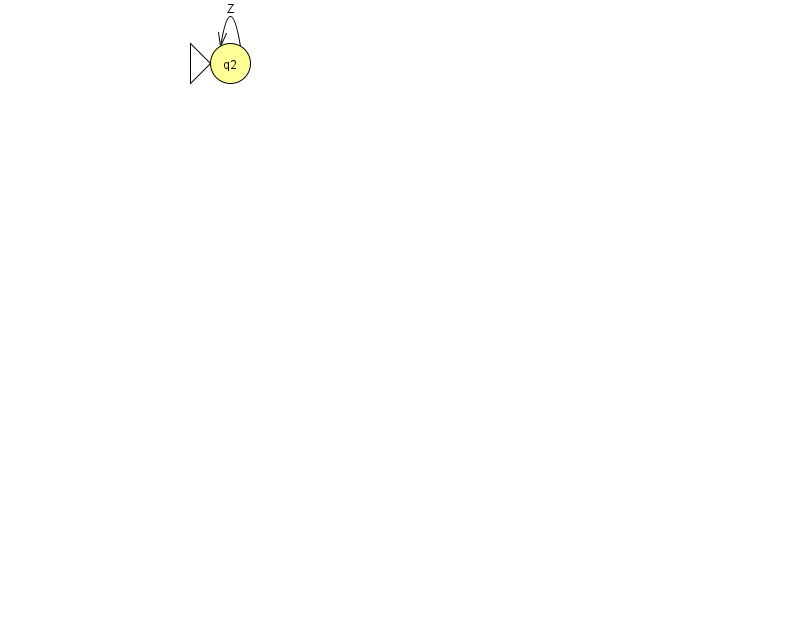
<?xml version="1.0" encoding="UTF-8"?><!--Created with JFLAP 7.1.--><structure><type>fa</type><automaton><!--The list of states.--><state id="2" name="q2"><x>230.0</x><y>50.0</y><initial/></state><!--The list of transitions.--><transition><from>2</from><to>2</to><read>Z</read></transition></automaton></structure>